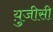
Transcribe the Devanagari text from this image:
यु़जीसी